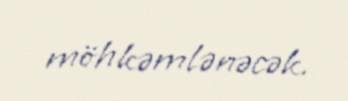
möhkəmlənəcək.